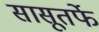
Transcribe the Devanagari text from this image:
सासूतर्फे